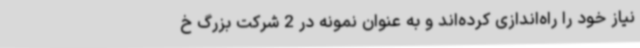
نیاز خود را راه‌اندازی کرده‌اند و به عنوان نمونه در 2 شرکت بزرگ خ